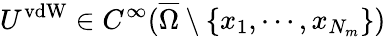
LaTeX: U^{\mathrm{vdW}}\in C^{\infty}(\overline{{\Omega}}\setminus\{ x_{1},\cdots,x_{N_{m}}\} )